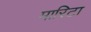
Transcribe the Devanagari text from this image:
मारिटा